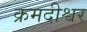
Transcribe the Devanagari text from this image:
क्रमदीश्वर